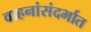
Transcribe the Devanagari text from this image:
वाहनांसंदर्भात